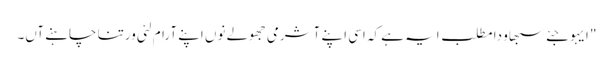
" ایہو جئے سبھاو دا مطلب ایہ ہے کہ اسی اپنے آشرمی جھولے نوں اپنے آرام لئی ورتنا چاہنے آں۔